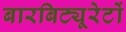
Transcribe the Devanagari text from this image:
बारबिट्यूरेटों